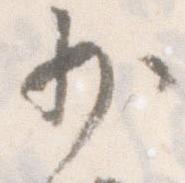
少